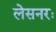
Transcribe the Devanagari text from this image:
लेसनरः